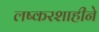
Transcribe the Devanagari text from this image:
लष्करशाहीने